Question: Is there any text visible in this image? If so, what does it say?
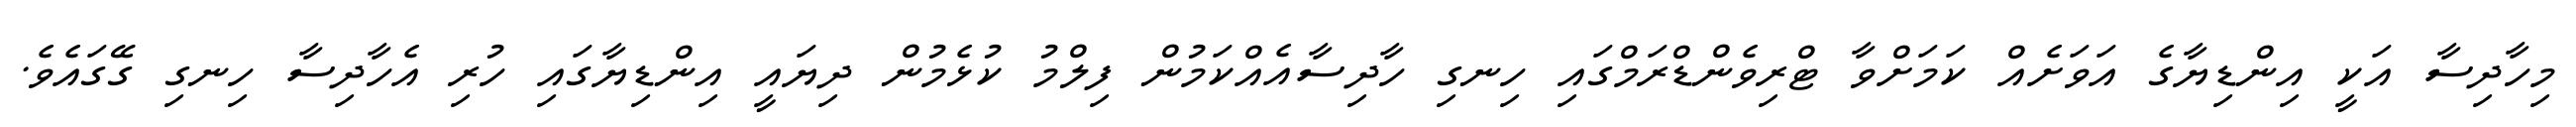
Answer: މިހާދިސާ އަކީ އިންޑިޔާގެ އަވަށެއް ކަމަށްވާ ޓްރިވެންޑްރަމްގައި ހިނގި ހާދިސާއެއްކަމުން ފިލްމު ކުޅެމުން ދިޔައީ އިންޑިޔާގައި ހުރި އެހާދިސާ ހިނގި ގޭގައެވެ.